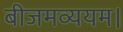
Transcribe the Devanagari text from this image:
बीजमव्ययम।